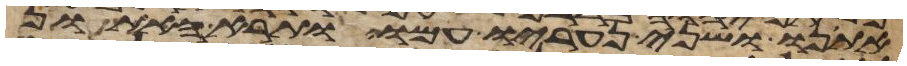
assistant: אתנו ושני נעריו עמו ותרא האתון